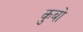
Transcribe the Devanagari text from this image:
कुबो